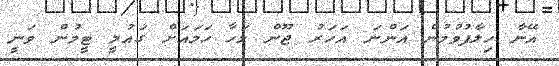
އޭނާ ހިލާފުވުމުން އަންނަ އަހަރު ޖޫން މަހާ ހަމައަށް ގައުމީ ޓީމުން ވަނީ